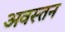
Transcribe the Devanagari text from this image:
अवस्तन